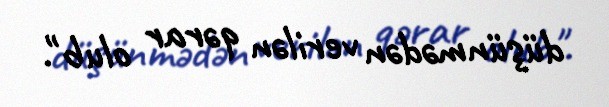
düşünmədən verilən qərar olub".